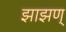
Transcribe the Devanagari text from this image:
झाझण्